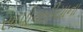
સાપોનારીયાના